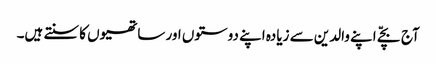
آج بچّے اپنے والدین سے زیادہ اپنے دوستوں اور ساتھیوں کا سنتے ہیں۔